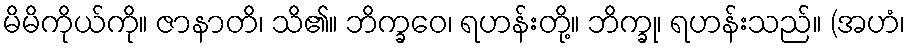
မိမိကိုယ်ကို။ ဇာနာတိ၊ သိ၏။ ဘိက္ခဝေ၊ ရဟန်းတို့။ ဘိက္ခု၊ ရဟန်းသည်။ (အဟံ၊